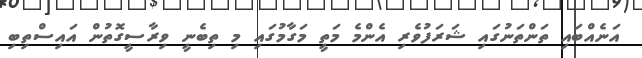
އަނެއްބައި ތަންތަނުގައި ޝަރަފުވެރި އެންމެ މަތީ މަގާމުގައި މި ތިބެނީ ވިރާސީގޮތުން އައިސްތިބި